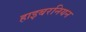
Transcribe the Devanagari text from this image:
हाइबरनियन